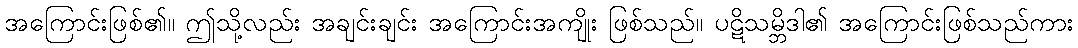
အကြောင်းဖြစ်၏။ ဤသို့လည်း အချင်းချင်း အကြောင်းအကျိုး ဖြစ်သည်။ ပဋိသမ္ဘိဒါ၏ အကြောင်းဖြစ်သည်ကား